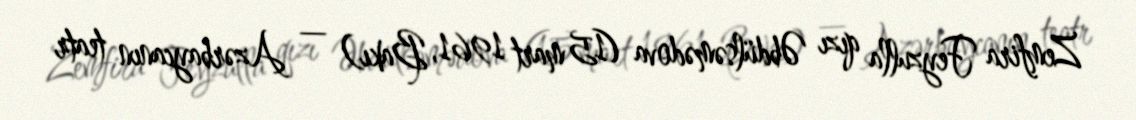
Zemfira Feyzulla qızı Əbdülsəmədova (15 mart 1961, Bakı) — Azərbaycanın teatr